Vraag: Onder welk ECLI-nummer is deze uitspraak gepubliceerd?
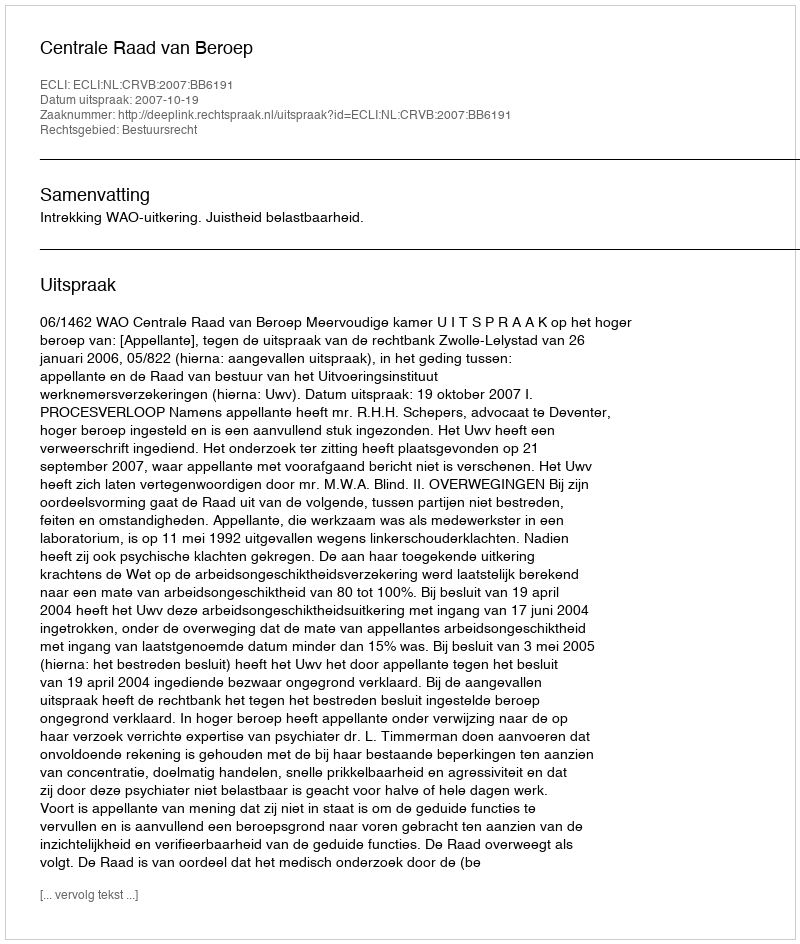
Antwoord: ECLI:NL:CRVB:2007:BB6191